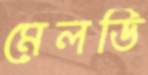
মেলডি